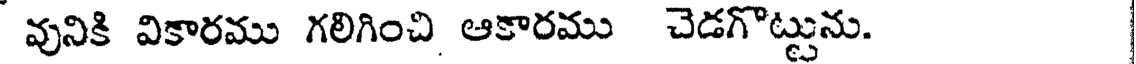
వునికి వికారము గలిగించి ఆకారము చెడగొట్టును.